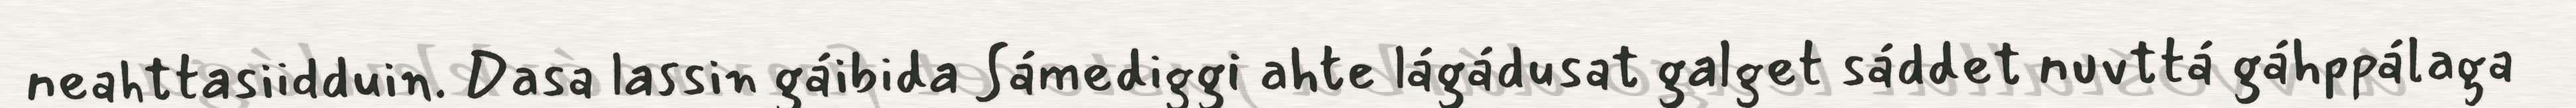
neahttasiidduin. Dasa lassin gáibida Sámediggi ahte lágádusat galget sáddet nuvttá gáhppálaga